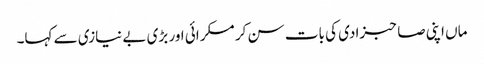
ماں اپنی صاحبزادی کی بات سن کر مسکرائی اور بڑی بے نیازی سے کہا۔